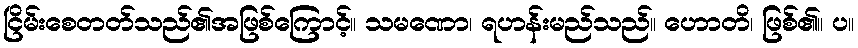
ငြိမ်းစေတတ်သည်၏အဖြစ်ကြောင့်။ သမဏော၊ ရဟန်းမည်သည်။ ဟောတိ၊ ဖြစ်၏။ ပ။